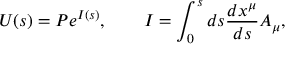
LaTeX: U ( s ) = P e ^ { I ( s ) } , \qquad I = \int _ { 0 } ^ { s } d s \frac { d x ^ { \mu } } { d s } A _ { \mu } ,